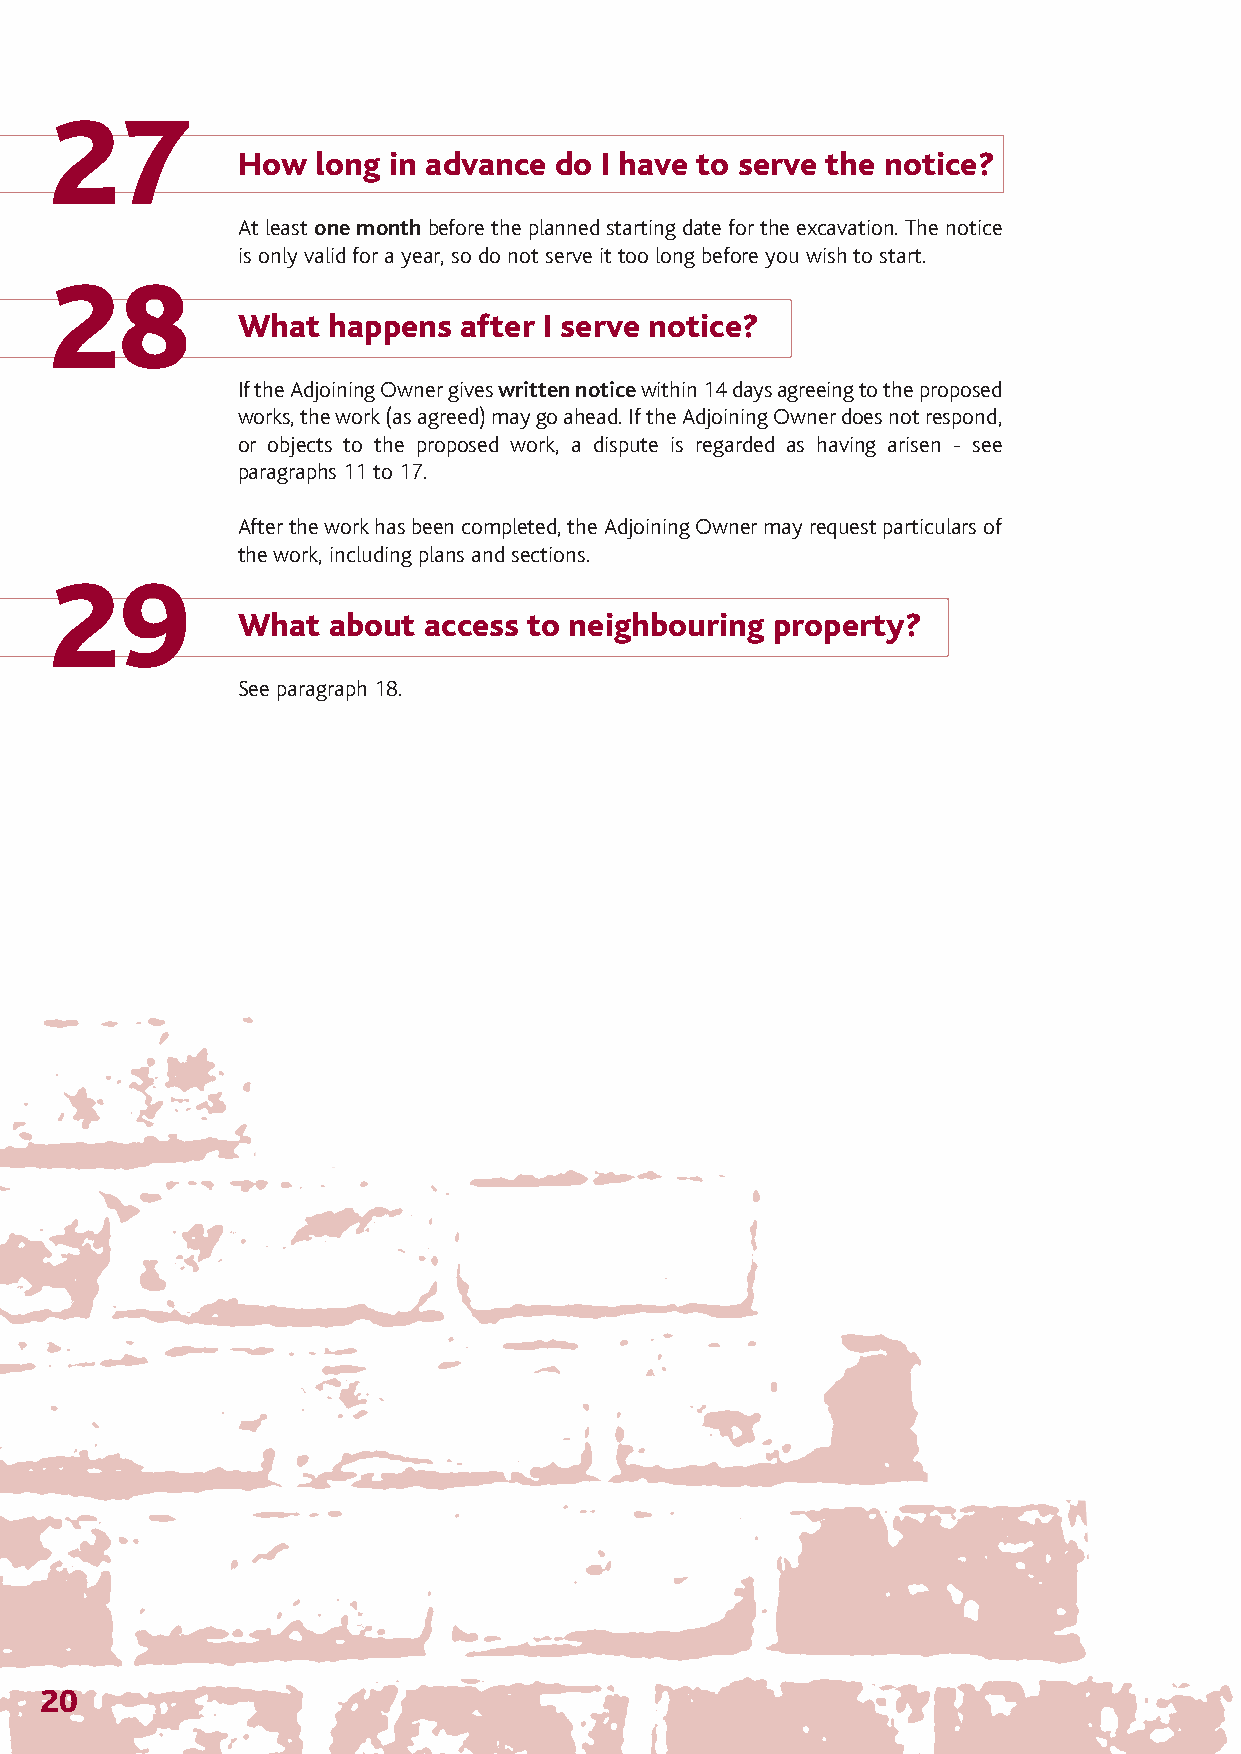
The Party Wall 12/4/07 14:28 Page 23
 27
 How  long in advance do I have to serve the notice?
 At least one monthbefore the planned starting date for the excavation. The notice
 is only valid for a year, so do not serve it too long before you wish to start.
 28
 What  happens after I serve notice?
 If the Adjoining Owner gives written noticewithin 14 days agreeing to the proposed
 works, the work (as agreed) may go ahead. If the Adjoining Owner does not respond,
 or objects to the proposed work, a dispute is regarded as having arisen - see
 paragraphs 11 to 17.
 After the work has been completed, the Adjoining Owner may request particulars of
 the work, including plans and sections.
 29
 What  about access to neighbouring property?
 See paragraph 18.
 20